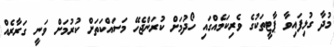
މުދާ ގުޅިފައިވާ ޕާޓީތަކުގެ ވެރިކަމެއްގައި ހޯދުމަށް ކުރަންޖެހޭ މަސައްކަތަށް ކުރުމަށް ވަނީ ގަރާރެއް